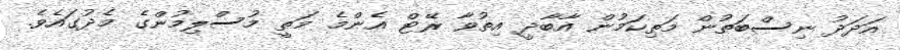
އަދަދު ނިސްބަތުން މަތިކަމުން އާބާދީ އިތުވާ ރޭޓް އެންމެ މަތީ މުސްލިމުންގެ މެދުގައެވެ.